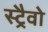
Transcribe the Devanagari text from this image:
स्ट्रैवो